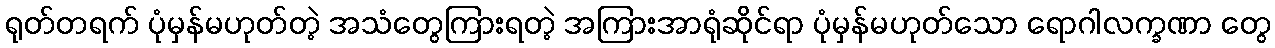
ရုတ်တရက် ပုံမှန်မဟုတ်တဲ့ အသံတွေကြားရတဲ့ အကြားအာရုံဆိုင်ရာ ပုံမှန်မဟုတ်သော ရောဂါလက္ခဏာ တွေ